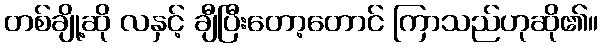
တစ်ချို့ဆို လနှင့် ချီပြီးတော့တောင် ကြာသည်ဟုဆို၏။